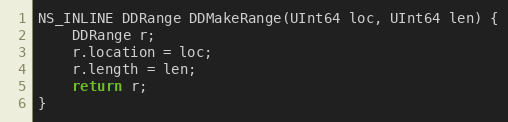
Language: C
NS_INLINE DDRange DDMakeRange(UInt64 loc, UInt64 len) {
    DDRange r;
    r.location = loc;
    r.length = len;
    return r;
}